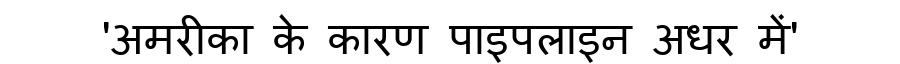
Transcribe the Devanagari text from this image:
'अमरीका के कारण पाइपलाइन अधर में'